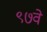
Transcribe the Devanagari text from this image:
९७वे